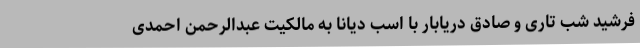
فرشید شب تاری و صادق دریابار با اسب دیانا به مالکیت عبدالرحمن احمدی